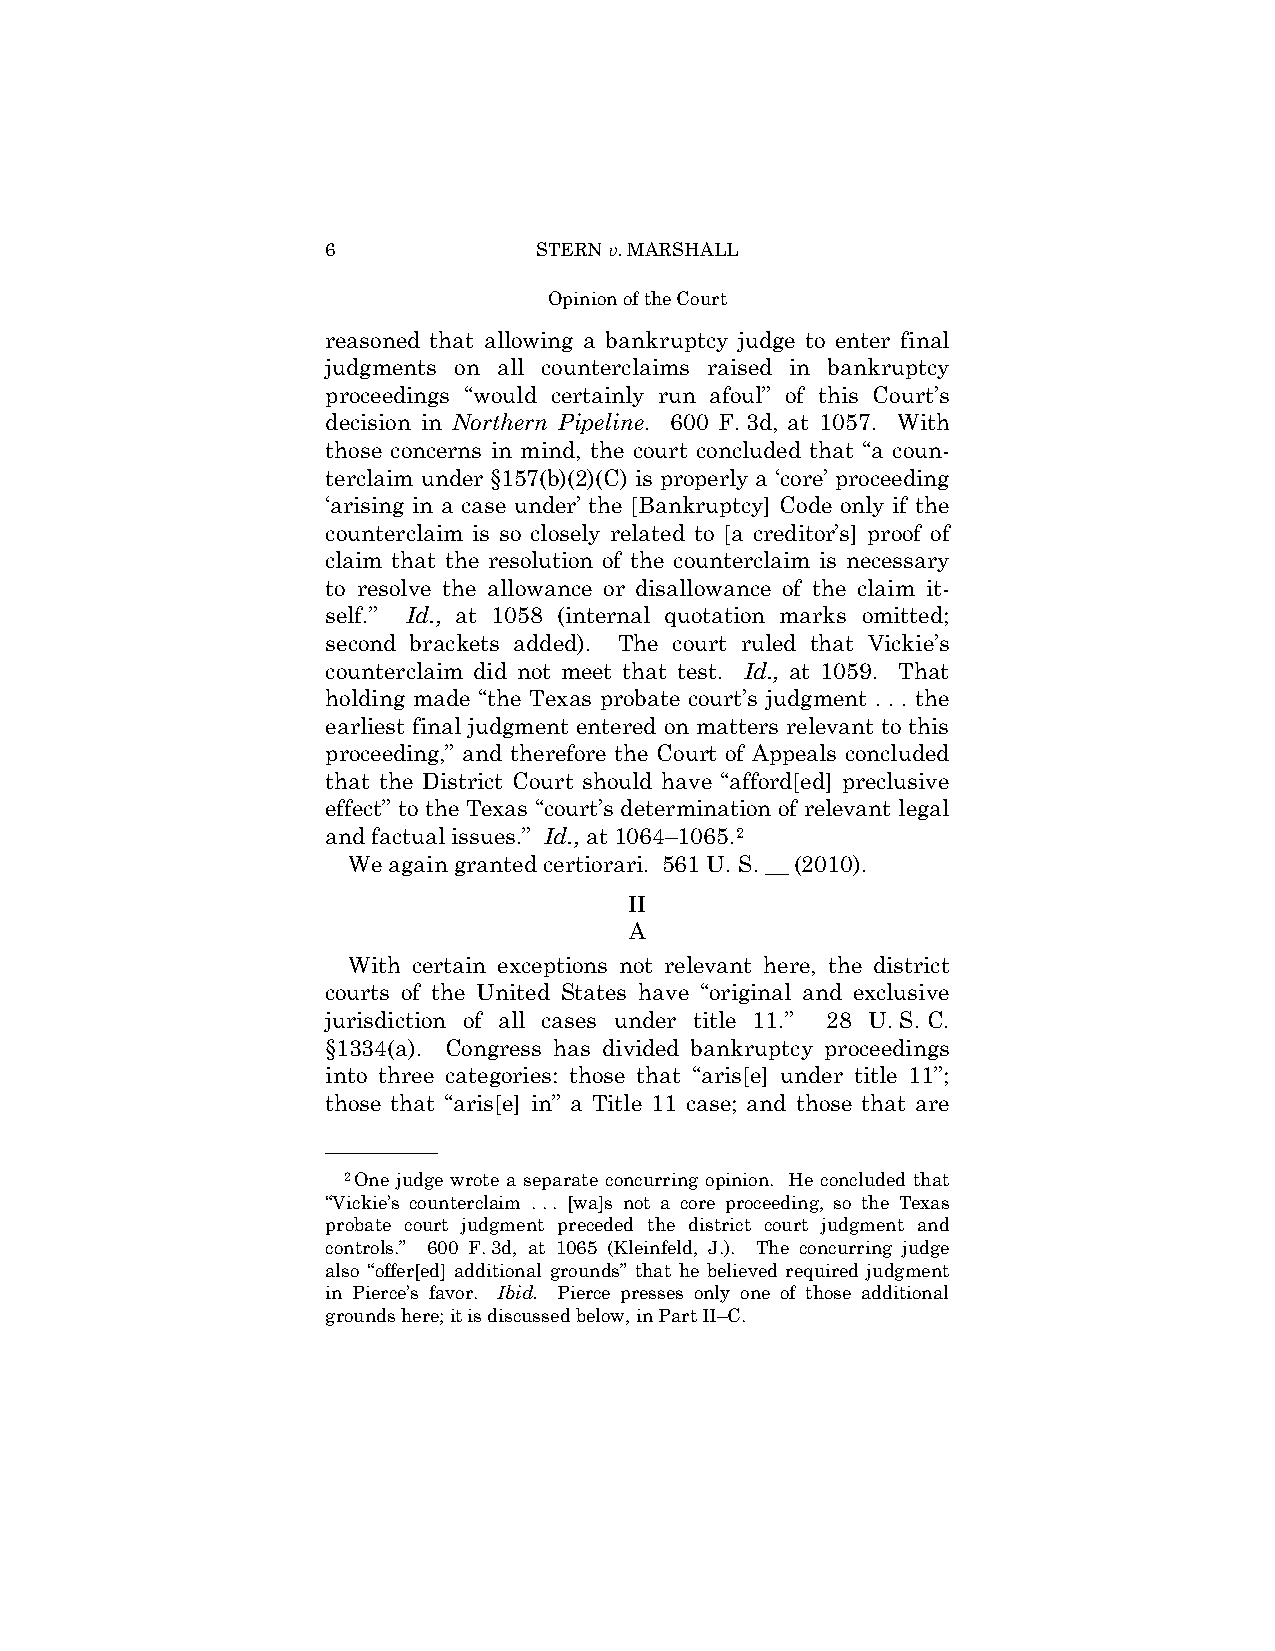
6             STERN v. MARSHALL
 Opinion of the Court
 reasoned that allowing a bankruptcy judge to enter final
 judgments on all counterclaims raised in bankruptcy
 proceedings “would certainly run afoul” of this Court’s
 decision in Northern Pipeline. 600 F. 3d, at 1057. With
 those concerns in mind, the court concluded that “a coun­
 terclaim under §157(b)(2)(C) is properly a ‘core’ proceeding
 ‘arising in a case under’ the [Bankruptcy] Code only if the
 counterclaim is so closely related to [a creditor’s] proof of
 claim that the resolution of the counterclaim is necessary
 to resolve the allowance or disallowance of the claim it­
 self.” Id., at 1058 (internal quotation marks omitted;
 second brackets added). The court ruled that Vickie’s
 counterclaim did not meet that test. Id., at 1059. That
 holding made “the Texas probate court’s judgment . . . the
 earliest final judgment entered on matters relevant to this
 proceeding,” and therefore the Court of Appeals concluded
 that the District Court should have “afford[ed] preclusive
 effect” to the Texas “court’s determination of relevant legal
 and factual issues.” Id., at 1064–1065.2
 We again granted certiorari. 561 U. S. __ (2010).
 II
 A
 With certain exceptions not relevant here, the district
 courts of the United States have “original and exclusive
 jurisdiction of all cases under title 11.” 28 U. S. C.
 §1334(a). Congress has divided bankruptcy proceedings
 into three categories: those that “aris[e] under title 11”;
 those that “aris[e] in” a Title 11 case; and those that are
 ——————
 2One judge wrote a separate concurring opinion. He concluded that
 “Vickie’s counterclaim . . . [wa]s not a core proceeding, so the Texas
 probate court judgment preceded the district court judgment and
 controls.” 600 F. 3d, at 1065 (Kleinfeld, J.). The concurring judge
 also “offer[ed] additional grounds” that he believed required judgment
 in Pierce’s favor. Ibid. Pierce presses only one of those additional
 grounds here; it is discussed below, in Part II–C.